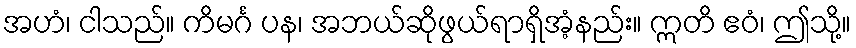
အဟံ၊ ငါသည်။ ကိမင်္ဂ ပန၊ အဘယ်ဆိုဖွယ်ရာရှိအံ့နည်း။ ဣတိ ဧဝံ၊ ဤသို့။